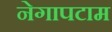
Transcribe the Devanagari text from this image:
नेगापटाम